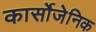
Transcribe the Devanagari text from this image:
कार्सोजेनिक